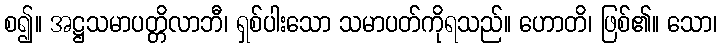
စ၍။ အဋ္ဌသမာပတ္တိလာဘီ၊ ရှစ်ပါးသော သမာပတ်ကိုရသည်။ ဟောတိ၊ ဖြစ်၏။ သော၊